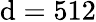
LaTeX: \mathrm{d}=512